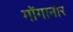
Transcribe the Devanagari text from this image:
गोंगानोर